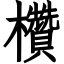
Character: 欑